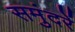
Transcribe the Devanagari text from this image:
समुंदरें